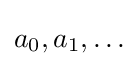
a_{0},a_{1},\ldots